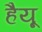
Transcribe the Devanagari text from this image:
हैयू